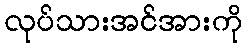
လုပ်သားအင်အားကို